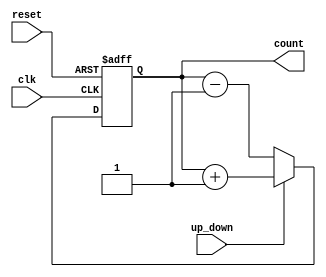
module multi_bit_counter (
    input wire clk,            // Clock signal
    input wire reset,          // Asynchronous reset signal
    input wire up_down,        // Control signal: 1 for up, 0 for down
    output reg [3:0] count     // 4-bit counter output
);

    // Asynchronous reset and counting logic
    always @(posedge clk or posedge reset) begin
        if (reset) begin
            count <= 4'b0000;  // Reset the counter to 0
        end else begin
            if (up_down) begin
                count <= count + 1;  // Count up
            end else begin
                count <= count - 1;  // Count down
            end
        end
    end

endmodule